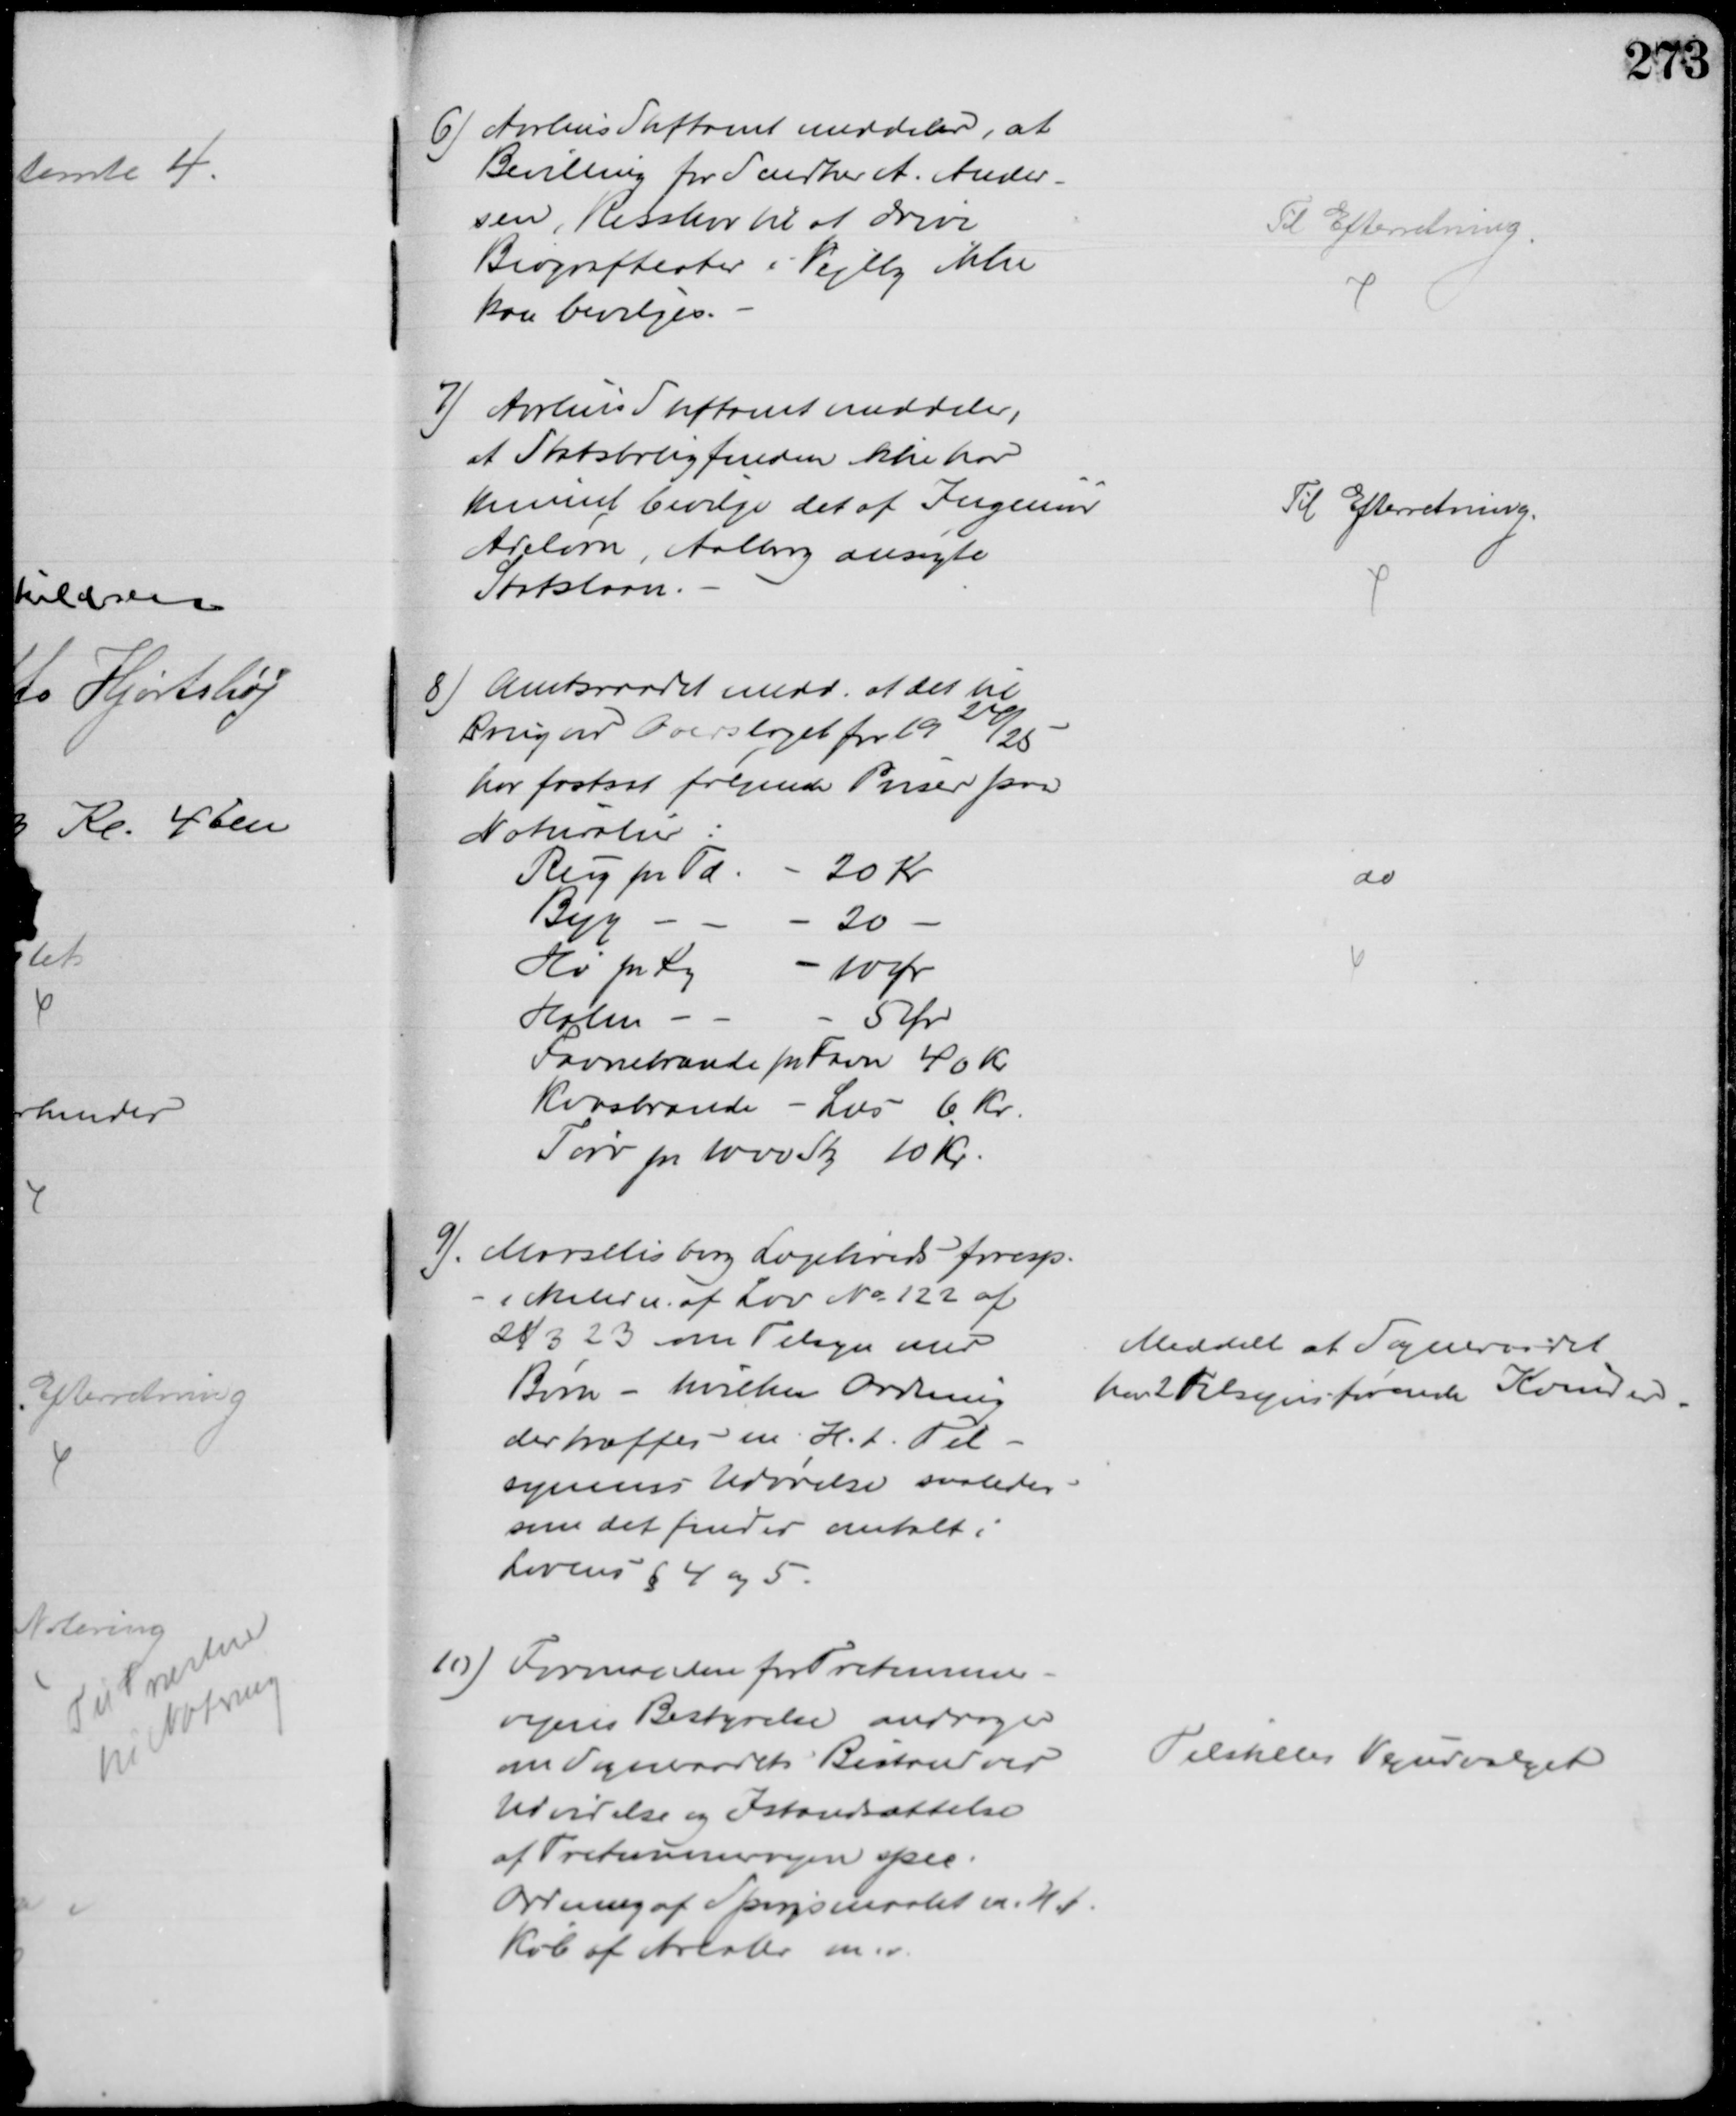
Transskription:
6) Aarhus Stiftamt meddeler, at
Bevilling for Snedker A. Ander-
sen, Risskov til at drive
Biografteater i Vejlby ikke 
kan bevilges.
Til Efterretning
7) Aarhus Stiftamt meddeler,
at Statsboligfonden ikke har
kunnet bevilge det af Ingeniør
Adelørn, Aalborg ansøgte
Statslaan.
Til Efterretning.
8) Amtsraadet medd. at det til
Brug ved Overslaget for 1924/25
har fastsat følgende Priser paa
Naturalier:
Rug pr Td. 
20 Kr
Byg
20
Hø pr Kg
10 Ør
Halm
5 Ør
Favnebrænde pr Favn 40 Kr
Kvasbrænde 
Læs 
6 Kr
Tørv pr 1000 Sty
10 Kr
do
9). Marselisborg Lægekreds foresp. 
i Anledn. af Lov № 122 af
28/3 23 om Tilsyn med
Børn - hvilken Ordning
der træffes m. H. t. Til-
synenes Udvidelse saaledes
som det finder omtalt i
Lovens § 4 og 5
Meddelt at Sogneraadet
har 2 Tilsynsførende Kvinder
10) Formanden for Tretommer-
vejens Bestyrelse andrager
om Sogneraadets Bistand ved
Udvidelse og Istandsættelse
af Tretommervejen spec.
Ordning af Spørgsmaalet m. H.t.
Køb af Arealer m.v.
Tilstilles Vejudvalget